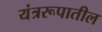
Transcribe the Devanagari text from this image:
यंत्ररूपातील